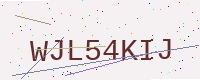
Text: WJL54KIJ